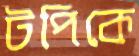
টপিকে